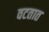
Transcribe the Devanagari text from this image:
वटतात